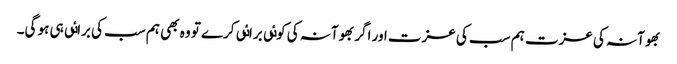
بھوآنہ کی عزت ہم سب کی عزت اور اگر بھوآنہ کی کوٸی براٸی کرے تو وہ بھی ہم سب کی براٸی ہی ہو گی۔